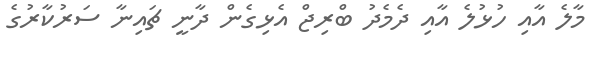
މާލެ އާއި ހުޅުލެ އާއި ދެމެެދު ބްރިޖް އެޅިގެން ދާނީ ޗައިނާ ސަރުކާރުގެ